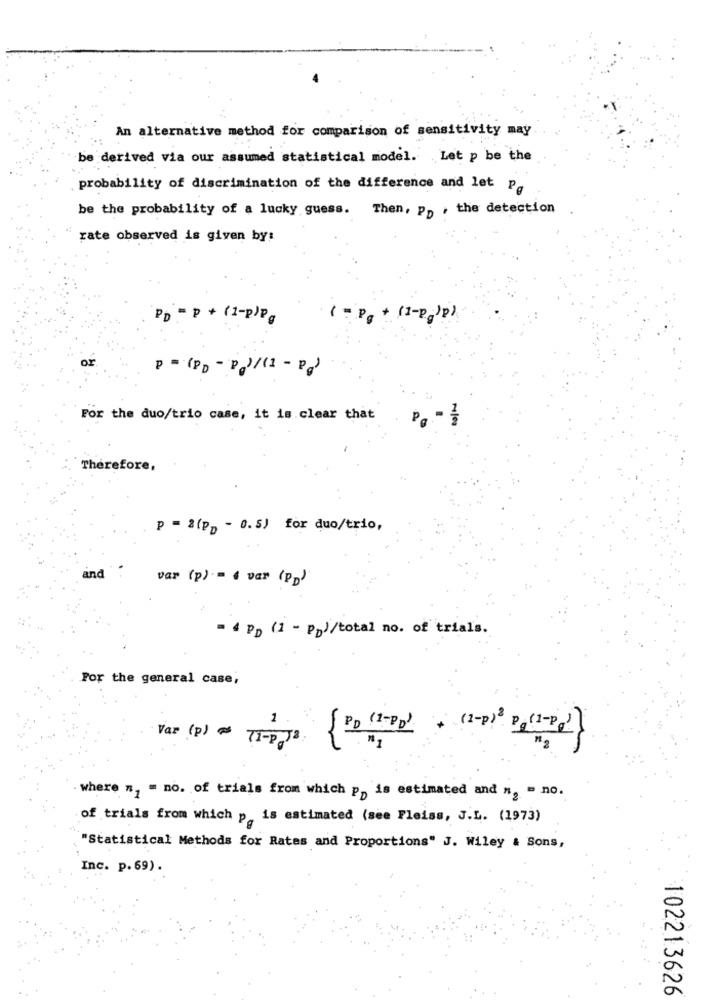
An alternative method for comparison of sensitivity may
be derived via our assumed statistical model. Let p be the
probability of discrimination of the difference and let Pa
be the probability of a lucky guess. Then, pp , the detection
rate observed is given by:
PD = P + (1-p)p.
( = Pg + (1-P )p)
OF
P = (PD - Pg)/(1 - Pg)
For the duo/trio case, it is clear that
Therefore,
P = = (PD - 0.5) for duo/trio,
and
var (p) = 4 var (PD)
- 4 Pp (1 - pp)/total no. of trials.
For the general case;
Var () = TID JAI [PD (2- 0) + (2)(-)
where ", " no. of trials from which p> is estimated and n, = no.
of trials from which p is estimated (see Fleiss, J.L. (1973)
"Statistical Methods for Rates and Proportions" J. Wiley & Sons,
Inc. p. 69).
102213626